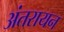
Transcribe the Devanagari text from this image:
अंतरायन